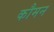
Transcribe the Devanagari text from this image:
कौमन